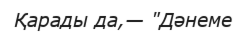
Қарады да,— "Дәнеме